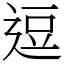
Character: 逗